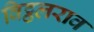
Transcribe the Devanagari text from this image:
विट्ठलराव